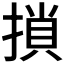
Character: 𢱡